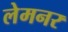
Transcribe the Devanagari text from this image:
लेमनर